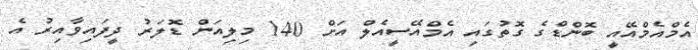
އެމްއެމްއޭއީ ބޮންޑްގެ ގޮތުގައި އެމްއޭސީއެލް އަށް 140 މިލިއަން ޑޮލަރު ދީފައިވާއިރު އެ